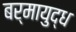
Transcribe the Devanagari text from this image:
बर्मायुद्ध